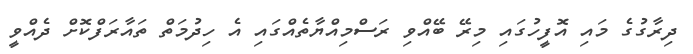
ދިރާގުގެ މައި އޮފީހުގައި މިރޭ ބޭއްވި ރަސްމިއްޔާތެއްގައި އެ ހިދުމަތް ތައާރަފްކޮށް ދެއްވީ